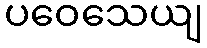
ပဝေသေယျ